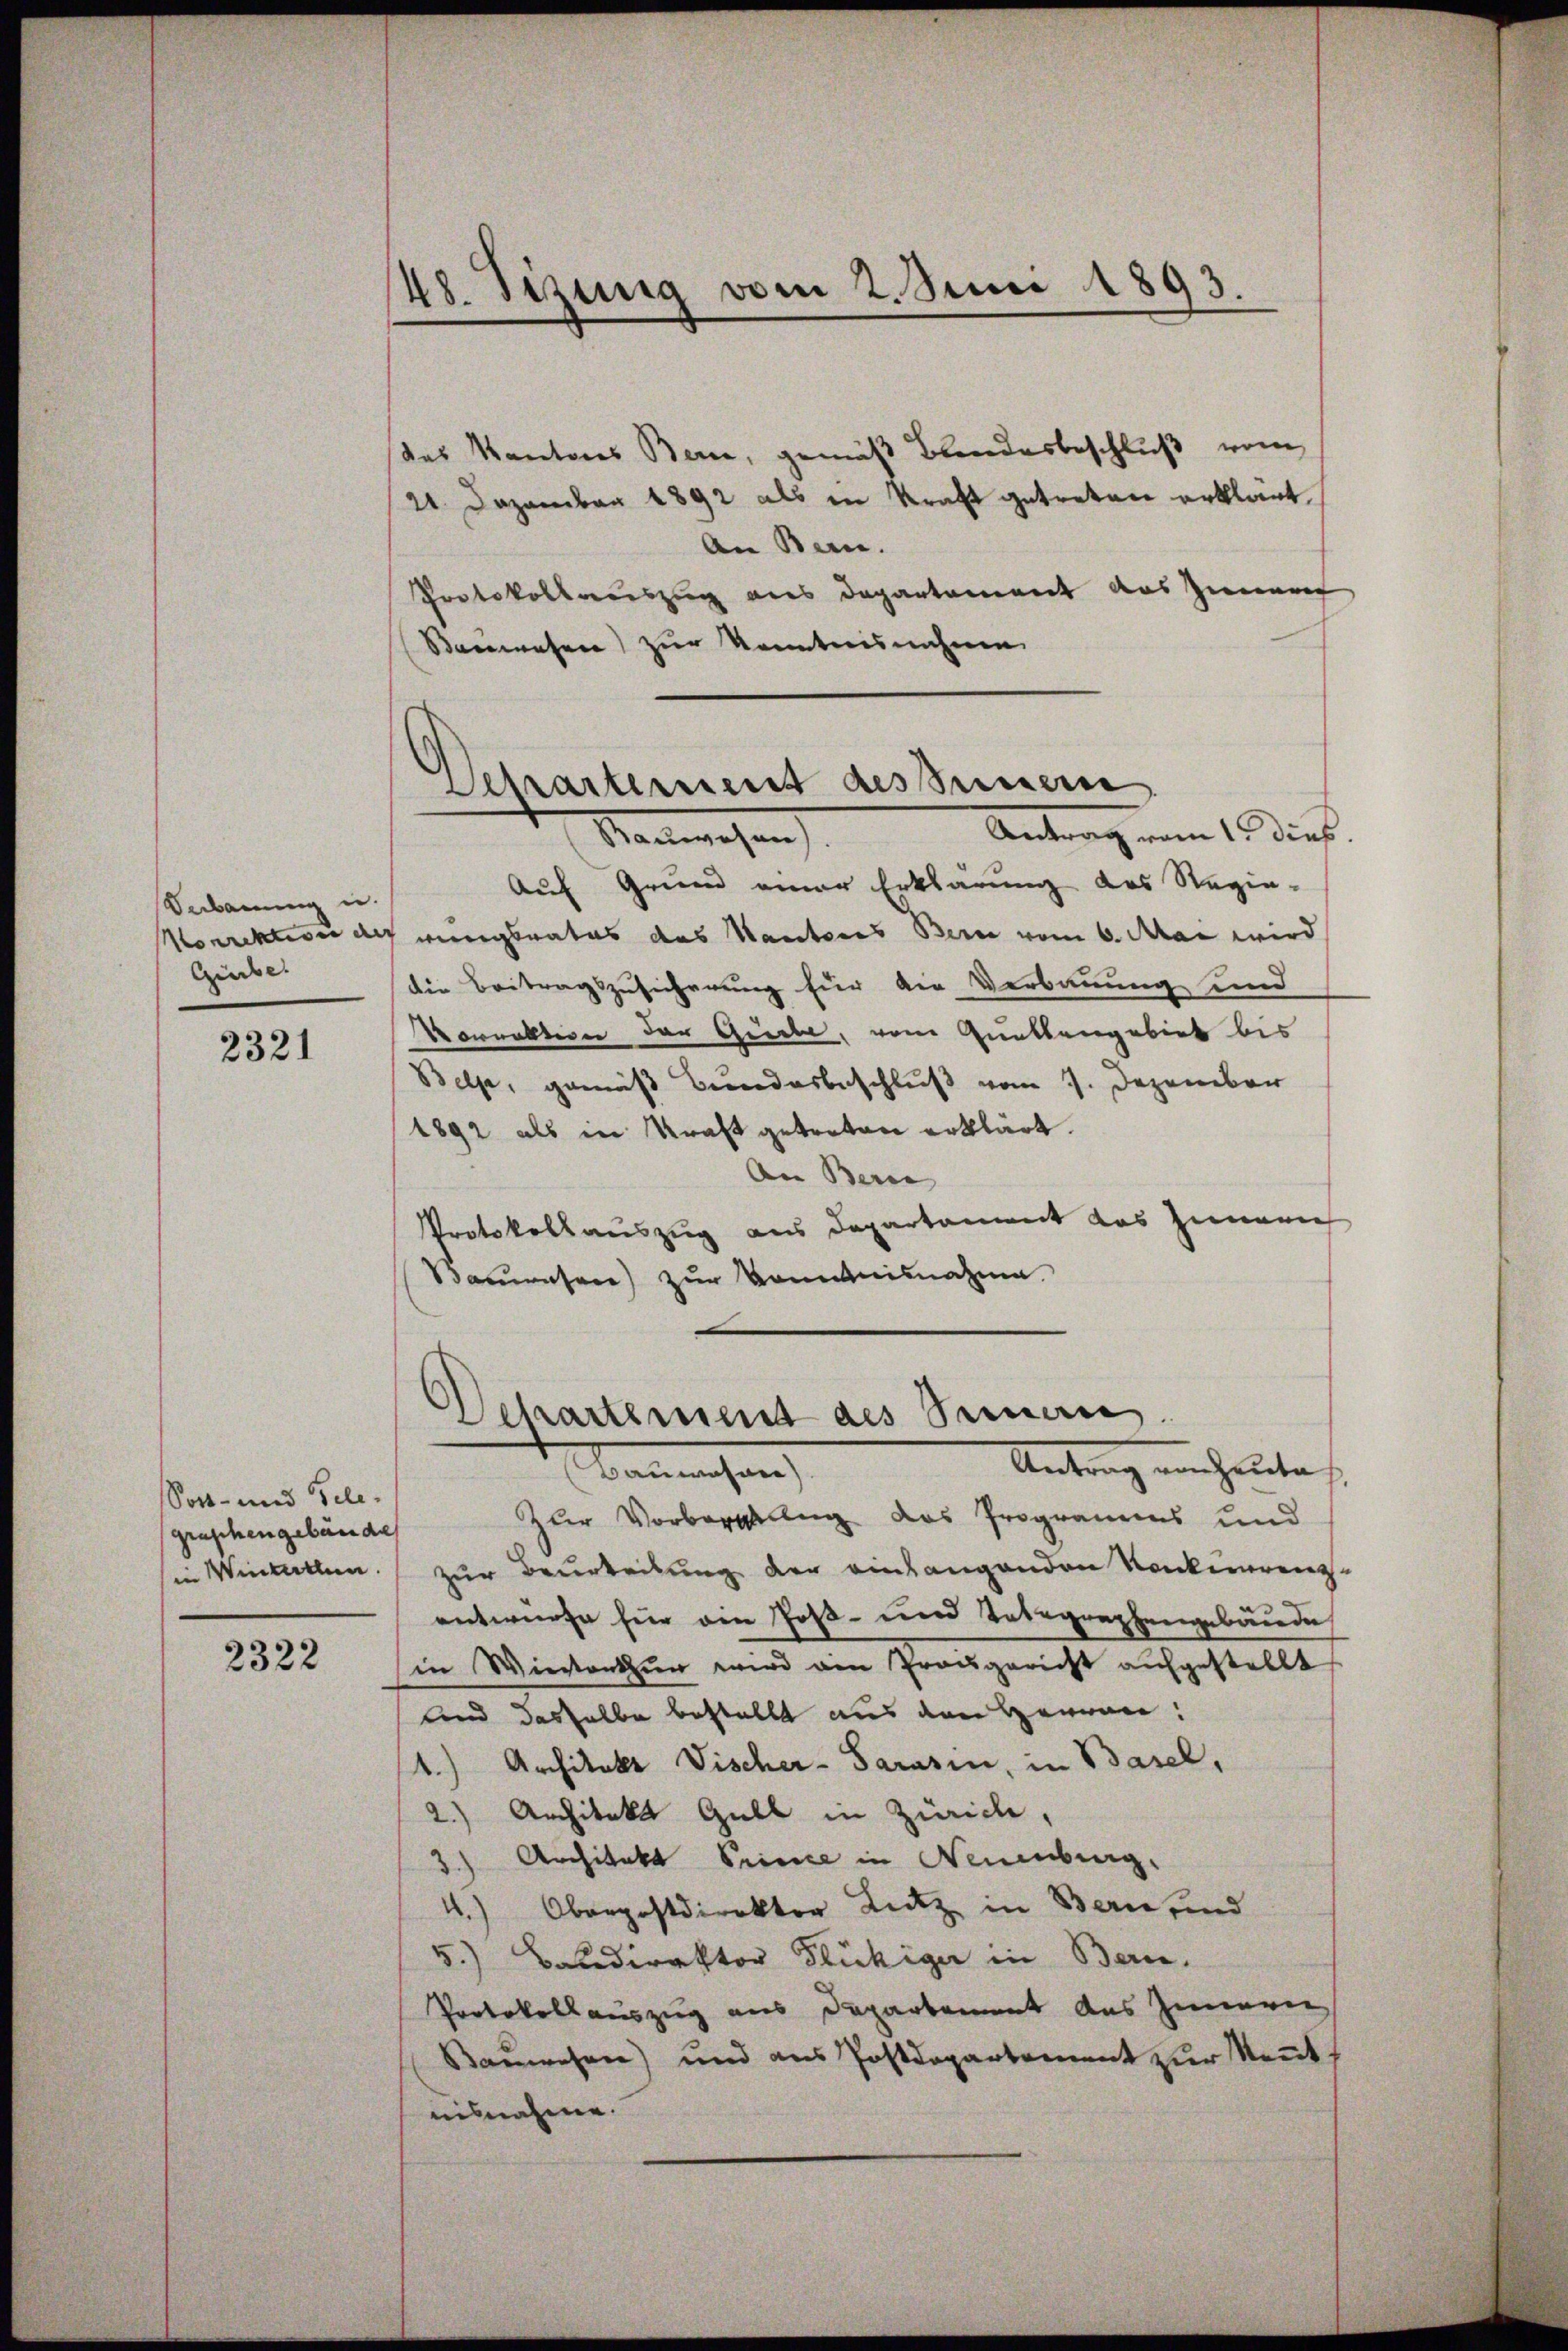
Sebauung u.
orrektivie des
Gürbe.

2321

das Kantons Bern, gemäß Blandesbeschluß vom
21 Dezember 1892 als in Kraft getreten erklärt.
An Bern.
Protokollsauszug aus Departement aus Zimmen
Bauwesen) zur Kenntnisnahme.

Sost- und Tele
graphengebäude

2322

148. Sizung vom 2. Juni 1893.

Departement dessenere

Antrag vom 1. Dies
Nanwesen.
Auf Grund einer Erklärung des Regie-
wenigsrates das Hauteres Bern vom 6. Mai wird
die Beitragszusicherung für die Verbauung und
Norrektion der Giebe, vom Guntbangebiet bis
Belp, gemäß Bundesbeschluß vom 7. Dezember
1892 als in Kraft getreten erklärt.
An Bern
Protokollauszug aus Departament das Innern
Bauwesen) zur kommnisnahme

Departement des Seinen.
Antrag einhalte
Bannmachen

Zur Vorbersellig das Programms und
in Winterten zur Beurteilung der eingangenden Konkurrenz
entwurfe für ein Poß- und Totegraphengebäude
in Winterthun wird von Trougericht aufgestellt
und dasselbe bestellt aus den Herren:
1.) Architekt Fischer- Sarasen, in Basel,
2.) Architekt Gull in Zürich,
3) Architekt Prince in Neuenburg.
4.) Oberpostdirektor Lutz in Bern und
5.) Baldirektor Flückiger in Bern.
Protokollauszug aus Departament das Innern
Bauwesen) und aus Postdepartement zur Neut
nisnahme.